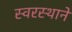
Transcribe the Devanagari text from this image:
स्वरस्थाने